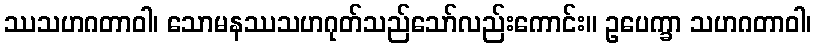
ဿသဟဂတာဝါ၊ သောမနဿသဟဂုတ်သည်သော်လည်းကောင်း။ ဥပေက္ခာ သဟဂတာဝါ၊